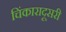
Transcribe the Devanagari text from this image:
चिंकारादूसरी